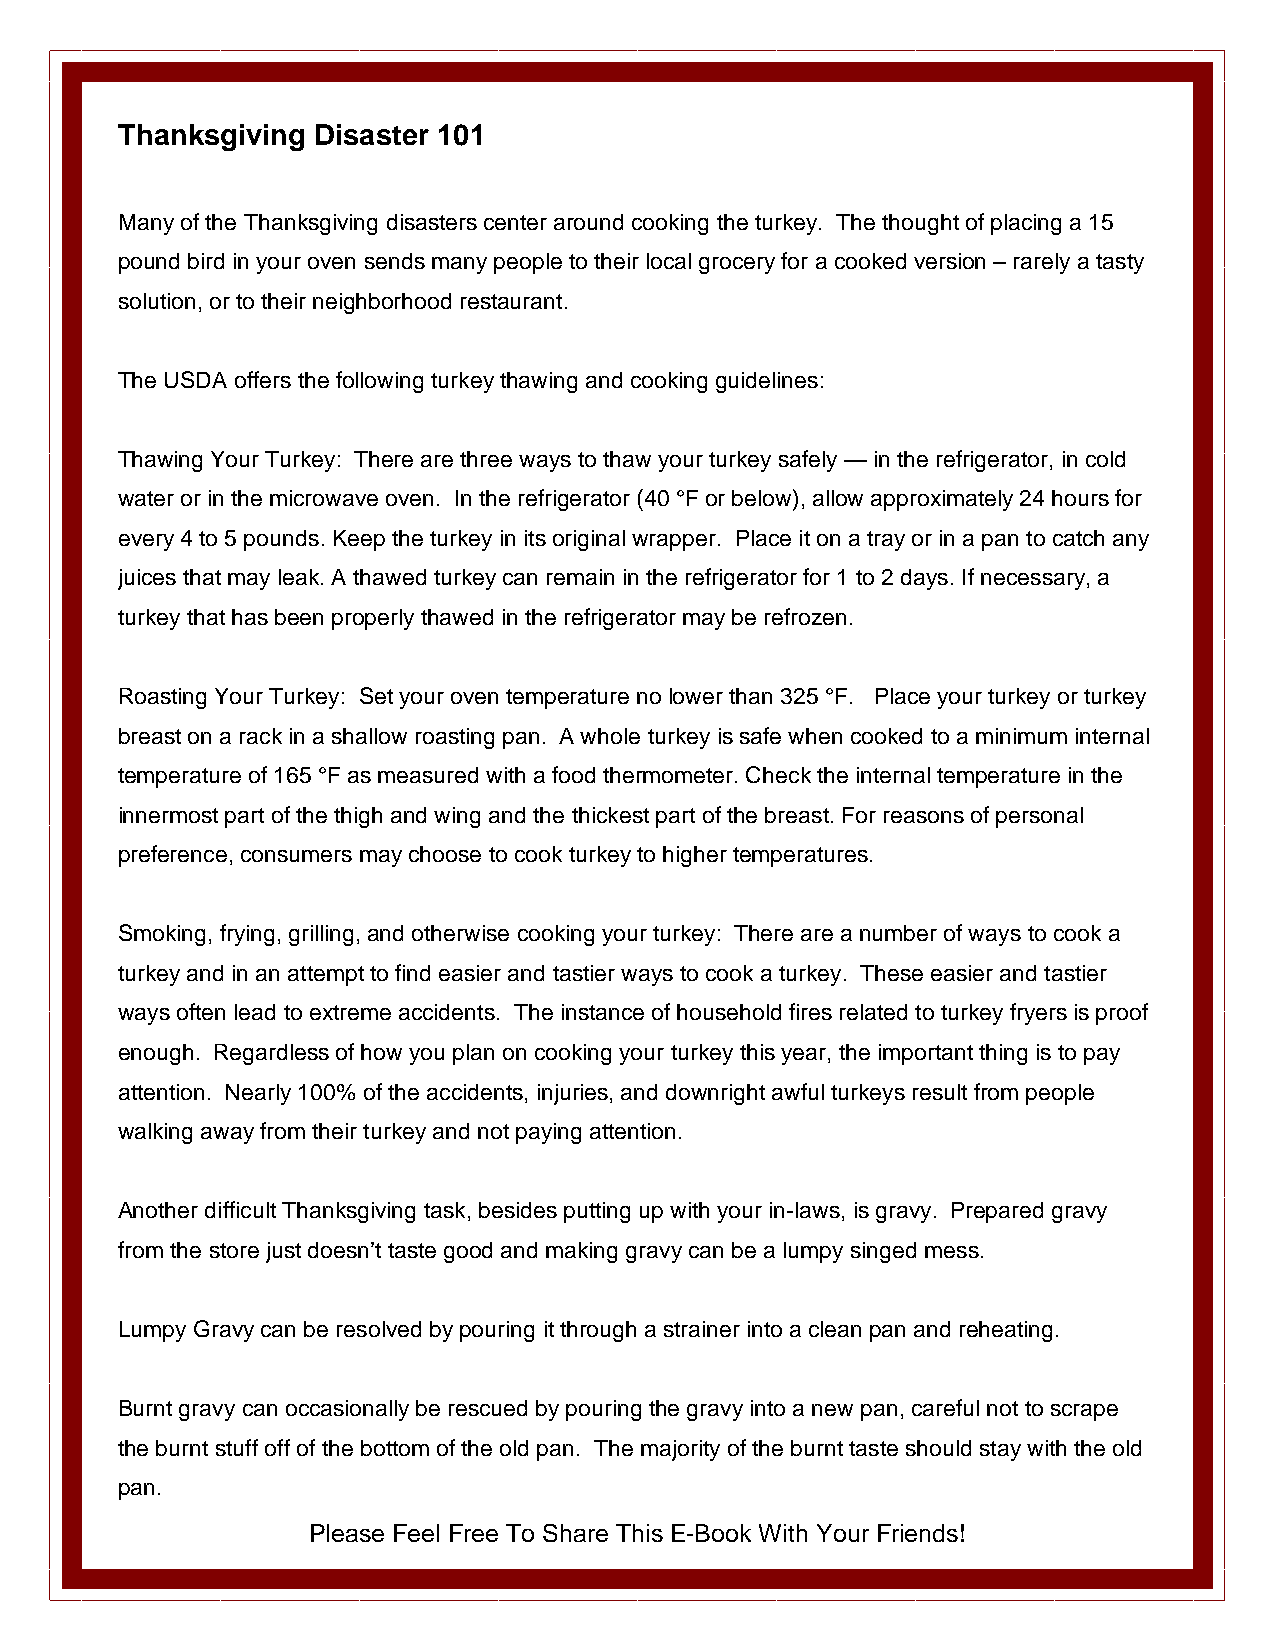
Thanksgiving Disaster 101
 Many of the Thanksgiving disasters center around cooking the turkey. The thought of placing a 15
 pound bird in your oven sends many people to their local grocery for a cooked version – rarely a tasty
 solution, or to their neighborhood restaurant.
 The USDA offers the following turkey thawing and cooking guidelines:
 Thawing Your Turkey: There are three ways to thaw your turkey safely — in the refrigerator, in cold
 water or in the microwave oven. In the refrigerator (40 °F or below), allow approximately 24 hours for
 every 4 to 5 pounds. Keep the turkey in its original wrapper. Place it on a tray or in a pan to catch any
 juices that may leak. A thawed turkey can remain in the refrigerator for 1 to 2 days. If necessary, a
 turkey that has been properly thawed in the refrigerator may be refrozen.
 Roasting Your Turkey: Set your oven temperature no lower than 325 °F. Place your turkey or turkey
 breast on a rack in a shallow roasting pan. A whole turkey is safe when cooked to a minimum internal
 temperature of 165 °F as measured with a food thermometer. Check the internal temperature in the
 innermost part of the thigh and wing and the thickest part of the breast. For reasons of personal
 preference, consumers may choose to cook turkey to higher temperatures.
 Smoking, frying, grilling, and otherwise cooking your turkey: There are a number of ways to cook a
 turkey and in an attempt to find easier and tastier ways to cook a turkey. These easier and tastier
 ways often lead to extreme accidents. The instance of household fires related to turkey fryers is proof
 enough. Regardless of how you plan on cooking your turkey this year, the important thing is to pay
 attention. Nearly 100% of the accidents, injuries, and downright awful turkeys result from people
 walking away from their turkey and not paying attention.
 Another difficult Thanksgiving task, besides putting up with your in-laws, is gravy. Prepared gravy
 from the store just doesn’t taste good and making gravy can be a lumpy singed mess.
 Lumpy Gravy can be resolved by pouring it through a strainer into a clean pan and reheating.
 Burnt gravy can occasionally be rescued by pouring the gravy into a new pan, careful not to scrape
 the burnt stuff off of the bottom of the old pan. The majority of the burnt taste should stay with the old
 pan.
 Please Feel Free To Share This E-Book With Your Friends!